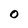
Character: 0